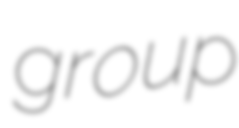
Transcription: group